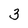
Character: 3